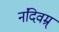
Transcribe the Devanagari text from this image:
नंदिवम्र्